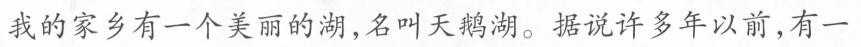
我的家乡有一个美丽的湖，名叫天鹅湖。据说许多年以前，有一